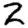
Digit: 2